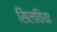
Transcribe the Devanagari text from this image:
सिलविया